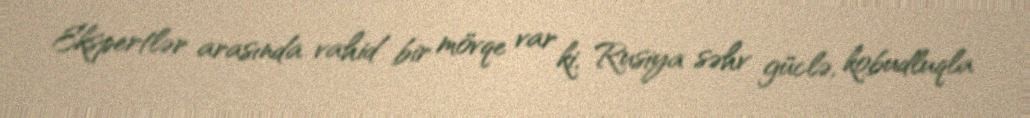
Ekspertlər arasında vahid bir mövqe var ki, Rusiya səhv güclə, kobudluqla